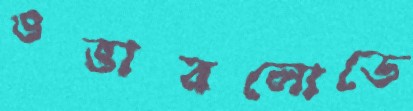
ওভারলোডে